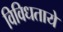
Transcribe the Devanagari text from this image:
विविधताये